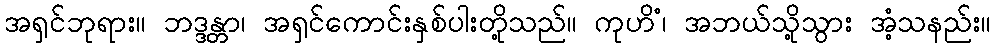
အရှင်ဘုရား။ ဘဒ္ဒန္တာ၊ အရှင်ကောင်းနှစ်ပါးတို့သည်။ ကုဟိံ၊ အဘယ်သို့သွား အံ့သနည်း။